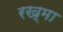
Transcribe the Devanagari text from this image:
रख्मा